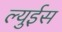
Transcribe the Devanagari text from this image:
ल्युईस